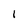
Character: 1